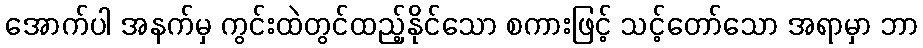
အောက်ပါ အနက်မှ ကွင်းထဲတွင်ထည့်နိုင်သော စကားဖြင့် သင့်တော်သော အရာမှာ ဘာ